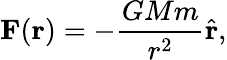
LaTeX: \mathbf{F}(\mathbf{r})=-{\frac{GMm}{r^{2}}}{\hat{\mathbf{r}}},